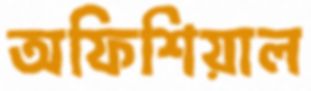
অফিশিয়াল